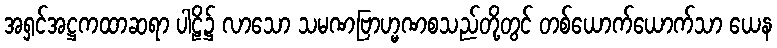
အရှင်အဋ္ဌကထာဆရာ ပါဠိ၌ လာသော သမဏဗြာဟ္မဏစသည်တို့တွင် တစ်ယောက်ယောက်သာ ယေန